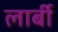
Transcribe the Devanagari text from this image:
लार्बी